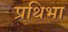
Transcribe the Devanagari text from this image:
प्रथिभा